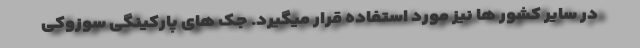
در سایر کشور ها نیز مورد استفاده قرار میگیرد. جک های پارکینگی سوزوکی